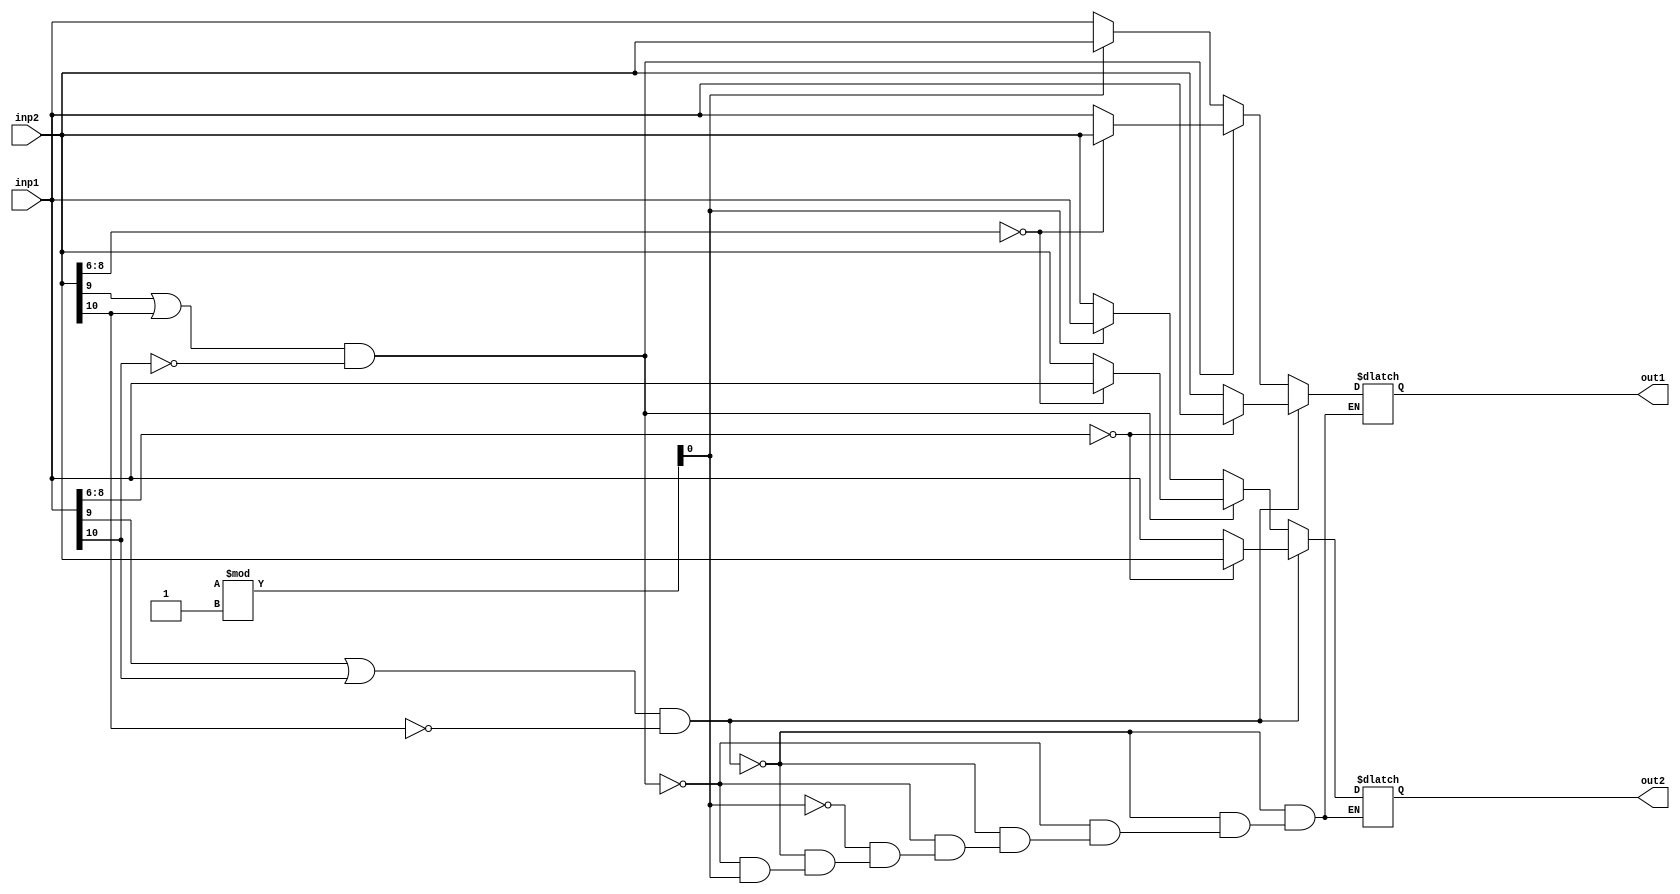
module arbd(
inp1,
inp2,
out1,
out2
);

input [10:0] inp1;
input [10:0] inp2;
output [10:0] out1;
output [10:0] out2;

wire [10:0] inp1;
wire [10:0] inp2;
reg [10:0] out1;
reg [10:0] out2;

reg R;

always @ (inp2) begin
	if ( (inp1[9] == 1'b1 || inp1[10] == 1'b1) && inp2[10] != 1'b1) begin 
		if (inp1[8:6] == 3'b000 ) begin 
			out1[10:0] = inp1[10:0];
		        out2[10:0] = inp2[10:0];
	        end else begin 
			out2[10:0] = inp1[10:0];
		        out1[10:0] = inp2[10:0];
	        end
	end		  
	/////////
	else if ( (inp2[9] == 1'b1 || inp2[10] == 1'b1) && inp1[10] != 1'b1) begin 
	        if (inp2[8:6] == 3'b000 ) begin 
		        out1[10:0] = inp2[10:0];
		        out2[10:0] = inp1[10:0];
		end else begin 
			out2[10:0] = inp2[10:0];
	             	out1[10:0] = inp1[10:0];
		end
	end
        /////////
	else begin
		R = $random %1;
		if ( R == 0) begin
			out1 = inp1;
			out2 = inp2;
		end
		if ( R == 1) begin
			out1 = inp2;
			out2 = inp1;
		end
	end
	/*else if (inp1[8:6] == 3'b000 ) begin 
		        out1[9:0] = inp1[9:0];
		        out2[9:0] = inp2[9:0];
    	end 
	else begin 
	                out1[9:0] = inp2[9:0];
 	                out2[9:0] = inp1[9:0];
	end*/
end
endmodule